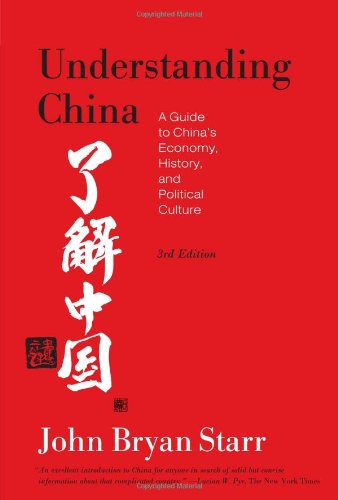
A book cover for Understanding China: A Guide to China's Economy, History, and Political Culture; John Bryan Starr; Law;